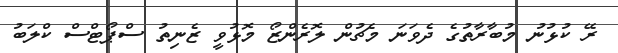
ރޭ ކުޅުނު މުބާރާތުގެ ދެވަނަ މެޗުން ލޮރެންޒޯ މޮޅުވީ ޒެނިތު ސްޕޯޓްސް ކްލަބު